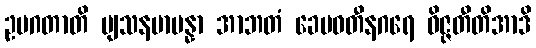
ဥပဂတာတိ ဗျသနမာပန္နာ အာဘတံ ခေမဝတီနဂရေ ဝိဇ္ဇတီတိအာဒိ